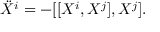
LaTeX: \ddot { X } ^ { i } = - [ [ X ^ { i } , X ^ { j } ] , X ^ { j } ] .